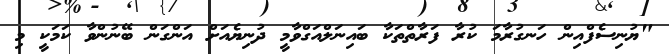
"ޔުނިސެފްއިން ހަނގުރާމަ ކުރާ ފަރާތްތަކާ ބައިނަލްއަގްވާމީ ދުނިޔެއަށް އަންގަން ބޭނުންވާ ކަމަކީ މި